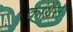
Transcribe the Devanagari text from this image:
कांग्रेंस